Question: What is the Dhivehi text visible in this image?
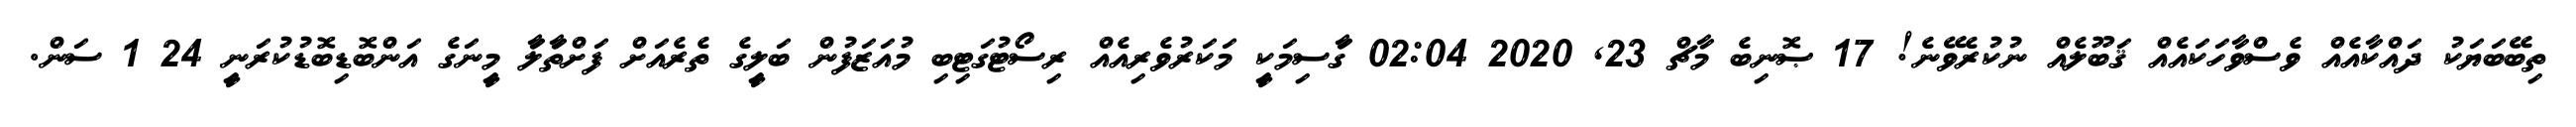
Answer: ތިބޭބަޔަކު ދައްކާއެއް ވެސްވާހަކައެއް ޤަބޫލެއް ނުކުރެވޭނެ! 17 ޞޮނިބެ މާޗް 23, 2020 02:04 ގަާސިމަކިީ މަކަރުވެރިއެއް ރިސޯޓުގަޓިބި މުއަޒަފުން ބަލިީގެ ތެރެއަށް ފަށްތަާލަާ މިީނަގެ އަންބޮޑިބޮޑުކުރަނިީ 24 1 ސަން.